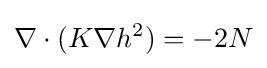
\nabla \cdot (K\nabla h^{2})=-2N